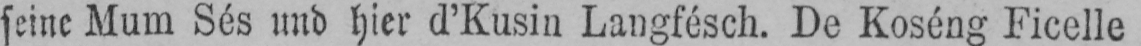
seine Mum Sés und hier d’Kusin Langfésch. De Koséng Ficelle